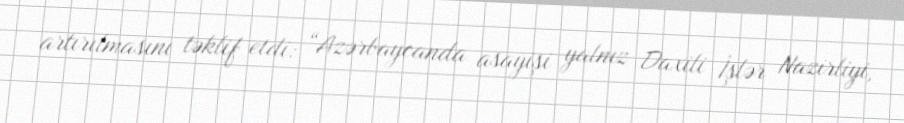
artırılmasını təklif etdi: “Azərbaycanda asayişi yalnız Daxili İşlər Nazirliyi,